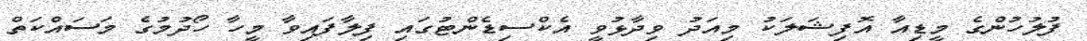
ފުލުހުންގެ މީޑިއާ އޮފިޝަލަކު މިއަދު ވިދާޅުވީ އެކްސިޑެންޓުގައި ފިލާފައިވާ މީހާ ހޯދުމުގެ މަސައްކަތް